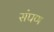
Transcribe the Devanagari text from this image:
संपण